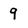
Character: g